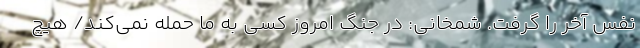
نفس آخر را گرفت. شمخانی: در جنگ امروز کسی به ما حمله نمی‌کند/ هیچ